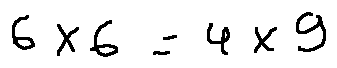
6 \times 6 = 4 \times 9